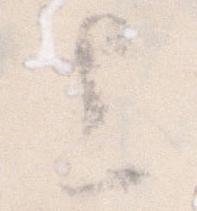
上